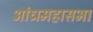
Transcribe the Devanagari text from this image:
आंध्रमहासभा